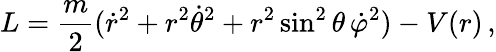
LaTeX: L={\frac{m}{2}}({\dot{r}}^{2}+r^{2}{\dot{\theta}}^{2}+r^{2}\sin^{2}\theta\, {\dot{\varphi}}^{2})-V(r)\, ,